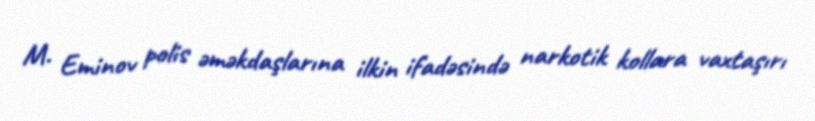
M. Eminov polis əməkdaşlarına ilkin ifadəsində narkotik kollara vaxtaşırı